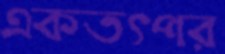
একতৎপর